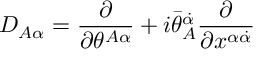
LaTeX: D _ { A \alpha } = { \frac { \partial } { \partial \theta ^ { A \alpha } } } + i \bar { \theta } _ { A } ^ { \dot { \alpha } } { \frac { \partial } { \partial x ^ { \alpha \dot { \alpha } } } }